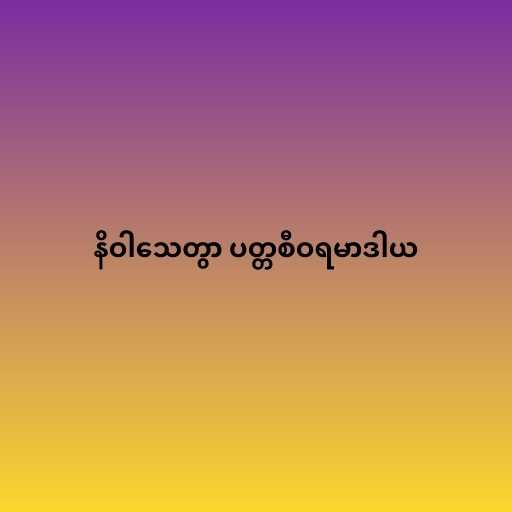
နိဝါသေတွာ ပတ္တစီဝရမာဒါယ